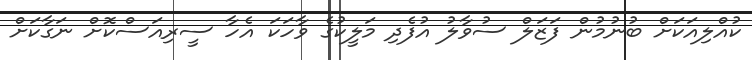
ކުއްލިއަކަށް ބުނުމުން ފަޒަލް ސުވާލު އުފެދި މަލީކުގެ ވާހަކަ އެހާ ސީރިއަސްކޮށް ނަގާކަށް